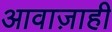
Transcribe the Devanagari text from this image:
आवाज़ाही